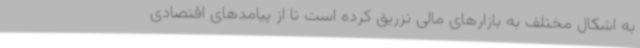
به اشکال مختلف به بازارهای مالی تزریق کرده است تا از پیامدهای اقتصادی